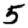
Digit: 5